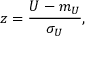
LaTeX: z = { \frac { U - m _ { U } } { \sigma _ { U } } } ,